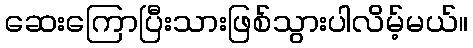
ဆေးကြောပြီးသားဖြစ်သွားပါလိမ့်မယ်။